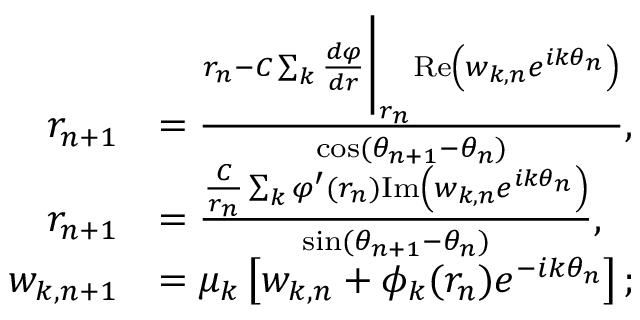
\begin{array} { r l } { r _ { n + 1 } } & { = \frac { r _ { n } - C \sum _ { k } \frac { d \varphi } { d r } \bigg | _ { r _ { n } } \mathrm { R e } \left( w _ { k , n } e ^ { i k \theta _ { n } } \right) } { \cos ( \theta _ { n + 1 } - \theta _ { n } ) } , } \\ { r _ { n + 1 } } & { = \frac { \frac { C } { r _ { n } } \sum _ { k } \varphi ^ { \prime } ( r _ { n } ) \mathrm { I m } \left( w _ { k , n } e ^ { i k \theta _ { n } } \right) } { \sin ( \theta _ { n + 1 } - \theta _ { n } ) } , } \\ { w _ { k , n + 1 } } & { = \mu _ { k } \left[ w _ { k , n } + \phi _ { k } ( r _ { n } ) e ^ { - i k \theta _ { n } } \right] ; } \end{array}